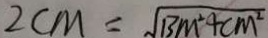
2 c m = \sqrt { B M ^ { 2 } + c m ^ { 2 } }